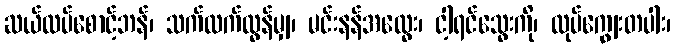
ဆယ်ထပ်စောင့်ဘန်၊ သက်ထက်လွန်မျှ၊ မင်းနန်အထွေး၊ ငါ့ရင်သွေးကို၊ လုပ်ကျွေးတပါး၊